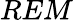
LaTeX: REM